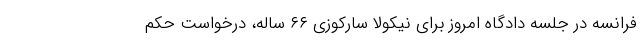
فرانسه در جلسه دادگاه امروز برای نیکولا سارکوزی ۶۶ ساله، درخواست حکم